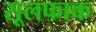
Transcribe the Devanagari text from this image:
सूलफाक